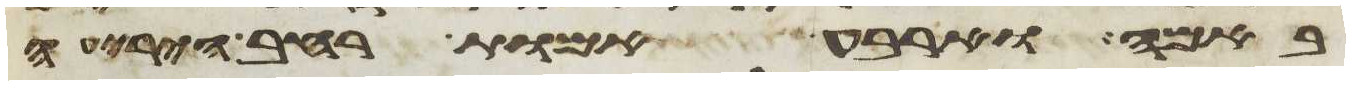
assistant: באמה וארבע אמות רחב היריעה